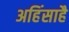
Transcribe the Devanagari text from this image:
अहिंसाहै